Civil Veterinary Dept. Assam report 1911-1927 - 1911-1927
Year: 1911
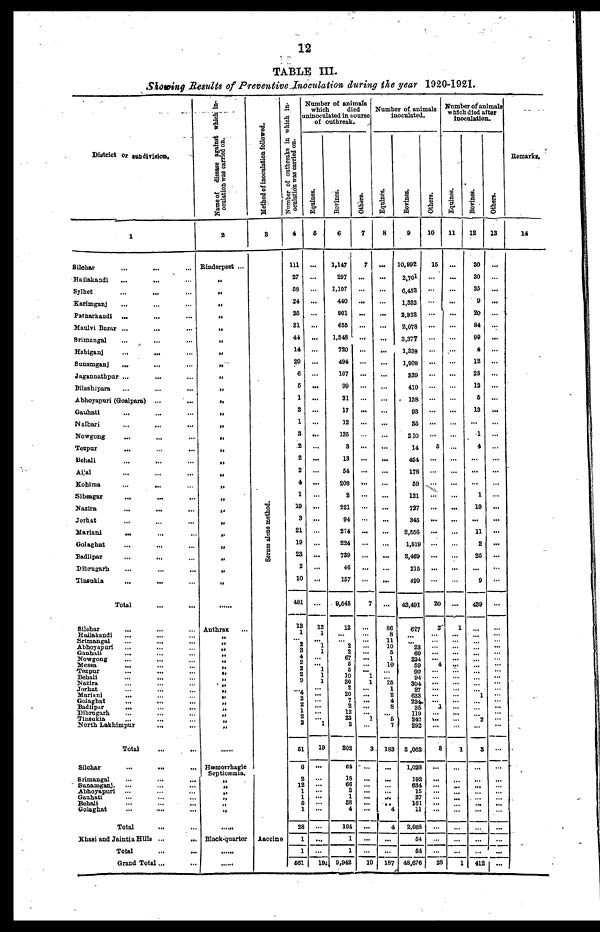
12
Showing Results of Preventive Inoculation during the year 1920-1921.
District
or subdivision.
1
Silchar
Hallakandi
Sylhet
Korimganj
Patharkandi
...
Maulvi Bozar ...
Srimangal
Hobiganj
Sunamganj
...
Jagannathpur ...
Bilashipora
Abhoyapuri (Goalpara)
...
Gauhati
Nalbari
Nowgong
Tezpur
Behali
Aijal
Kohima
...
...
Sibssgr
Nazira
Jorhat
Mariani
...
Golaghat
Badlipar
Dibrugarh
Tinsukia
Total
Silcbar
Huilakandi
Srimongal
Abhoyapuri
Gauhuti
Nowgong
Mesea
...
Tezpur
Bebali
Nazira
Jorhat
Marianj
...
Golaghat
Badlipar
...
Dibrugarh
Tinsukia
North Lakhimpur
...
Total
Silchar
...
...
Srimangal
...
...
...
Sunamganj.
Abhoyapuri
Ganbati
Behali
Golaghat
...
...
Total
Khasi and Jaintia Hills ...
...
Total
Grand Total...
Name of
disease against which in-
ocalation
was carried on.
2
Rinderpest ...
„
„
„
„
„
„
„
„
„
„
„
„
„
„
„
„
„
„
„
„
„
„
„
„
„
Authrax
„
„
„
„
Hæmorrhagic
Septicæmia.
„
„
„
„
„
Block-quorter
Method of Inoculation followed.
8
Serum alone method.
Aaccine
Number
of outbreaks in which in-
oculation was carried on.
4
111
27
68
24
26
31
44
14
20
6
6
1
3
1
3
2
2
2
4
1
19
3
21
19
23
2
10
481
13
... 8
4
2
2
2
9
.... 4
2
2
1
2
2
61
6
2
12
1
1
6
1
28
1
1
661
Number of animals
which
died
uninoculated in course
of outbreak.
Equines.
6
...
...
...
...
...
...
...
...
...
...
...
...
...
12
1
... 1
1
1
1
1
...
1
19
...
...
19
Bovines.
6
1,147
297
1.107
440
901
655
1,348
720
494
107
99
31
17
12
136
3
13
64
208
2
221
94
2T4
224
789
46
167
9,646
12
2
2
67
6
5
10
30
2
20
7
2
12
23
3
202
24
18
66
3
1
38
4
104
1
1
9,942
Others.
7
7
...
...
...
...
...
...
...
...
...
...
...
...
7
...
... 1
1
...
...
1
3
...
...
...
10
Number of animals
inoculated.
Equines.
8
...
...
...
...
...
...
...
...
...
...
...
86
8
11
10
6
1
10
"26
1
2
4
8
5 7
183
...
...
... 4
4
...
187
Bovines.
9
10,992
2.701
6,452
1,332
2,932
2,078
3,377
1,338
1,908
339
410
138
93
36
210
14
464
178
69
121
727
346
2,556
1,619
2,469
216
499
43,491
627
23
60
234
69
90 91
304
27
633
224
35
110
242
292
3,063
1,023
192
634
16
27
161
11
2,068
64
64
48,676
Others.
10
16
6
...
...
...
...
20
3
4
...
1
v..
8
...
...
...
28
Number of animals
which died after
inoculation.
Equines.
11
...
...
...
...
...
...
...
1
...
1
...
...
...
1
Borines.
12
30
30
36
9
20
84
90
4
12
23
12
6
13
1
4
...
1
10
...
11
2
26
9
439
...
1
"2
3
...
...
...
412
Others.
13
...
...
...
...
...
....
...
...
...
...
...
...
...
...
...
...
...
...
...
...
...
...
...
...
...
...
...
...
...
...
...
...
...
...
...
...
...
...
...
...
...
...
...
...
...
...
...
...
...
...
...
...
...
...
...
Remarks.
14